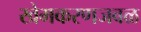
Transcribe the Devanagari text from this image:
खेमकरणजवळ